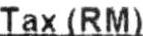
TAX(RM)